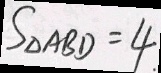
S _ { \Delta A B D } = 4